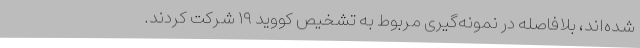
شده‌اند، بلافاصله در نمونه‌گیری مربوط به تشخیص کووید ۱۹ شرکت کردند.